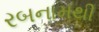
રબનામથી